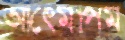
আত্মোপম